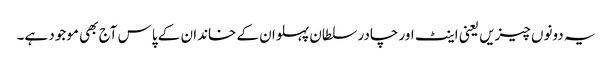
یہ دونوں چیزیں یعنی اینٹ اور چادر سلطان پہلوان کے خاندان کے پاس آج بھی موجود ہے۔